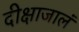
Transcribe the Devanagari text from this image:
दीक्षाजालं